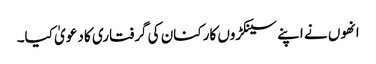
انھوں نے اپنے سینکڑوں کارکنان کی گرفتاری کا دعویٰ کیا۔